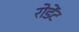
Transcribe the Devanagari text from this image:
रोडेंट